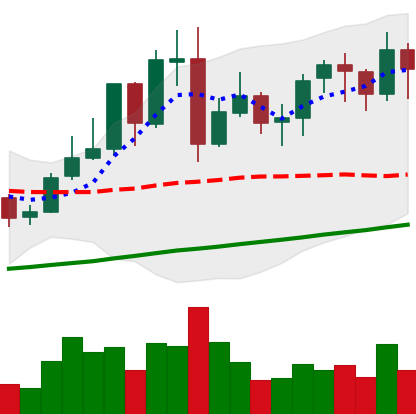
Ticker: LINK-USD
Chart end date: 2021-11-06
Forward return: 8.583%
Label: up_7plus